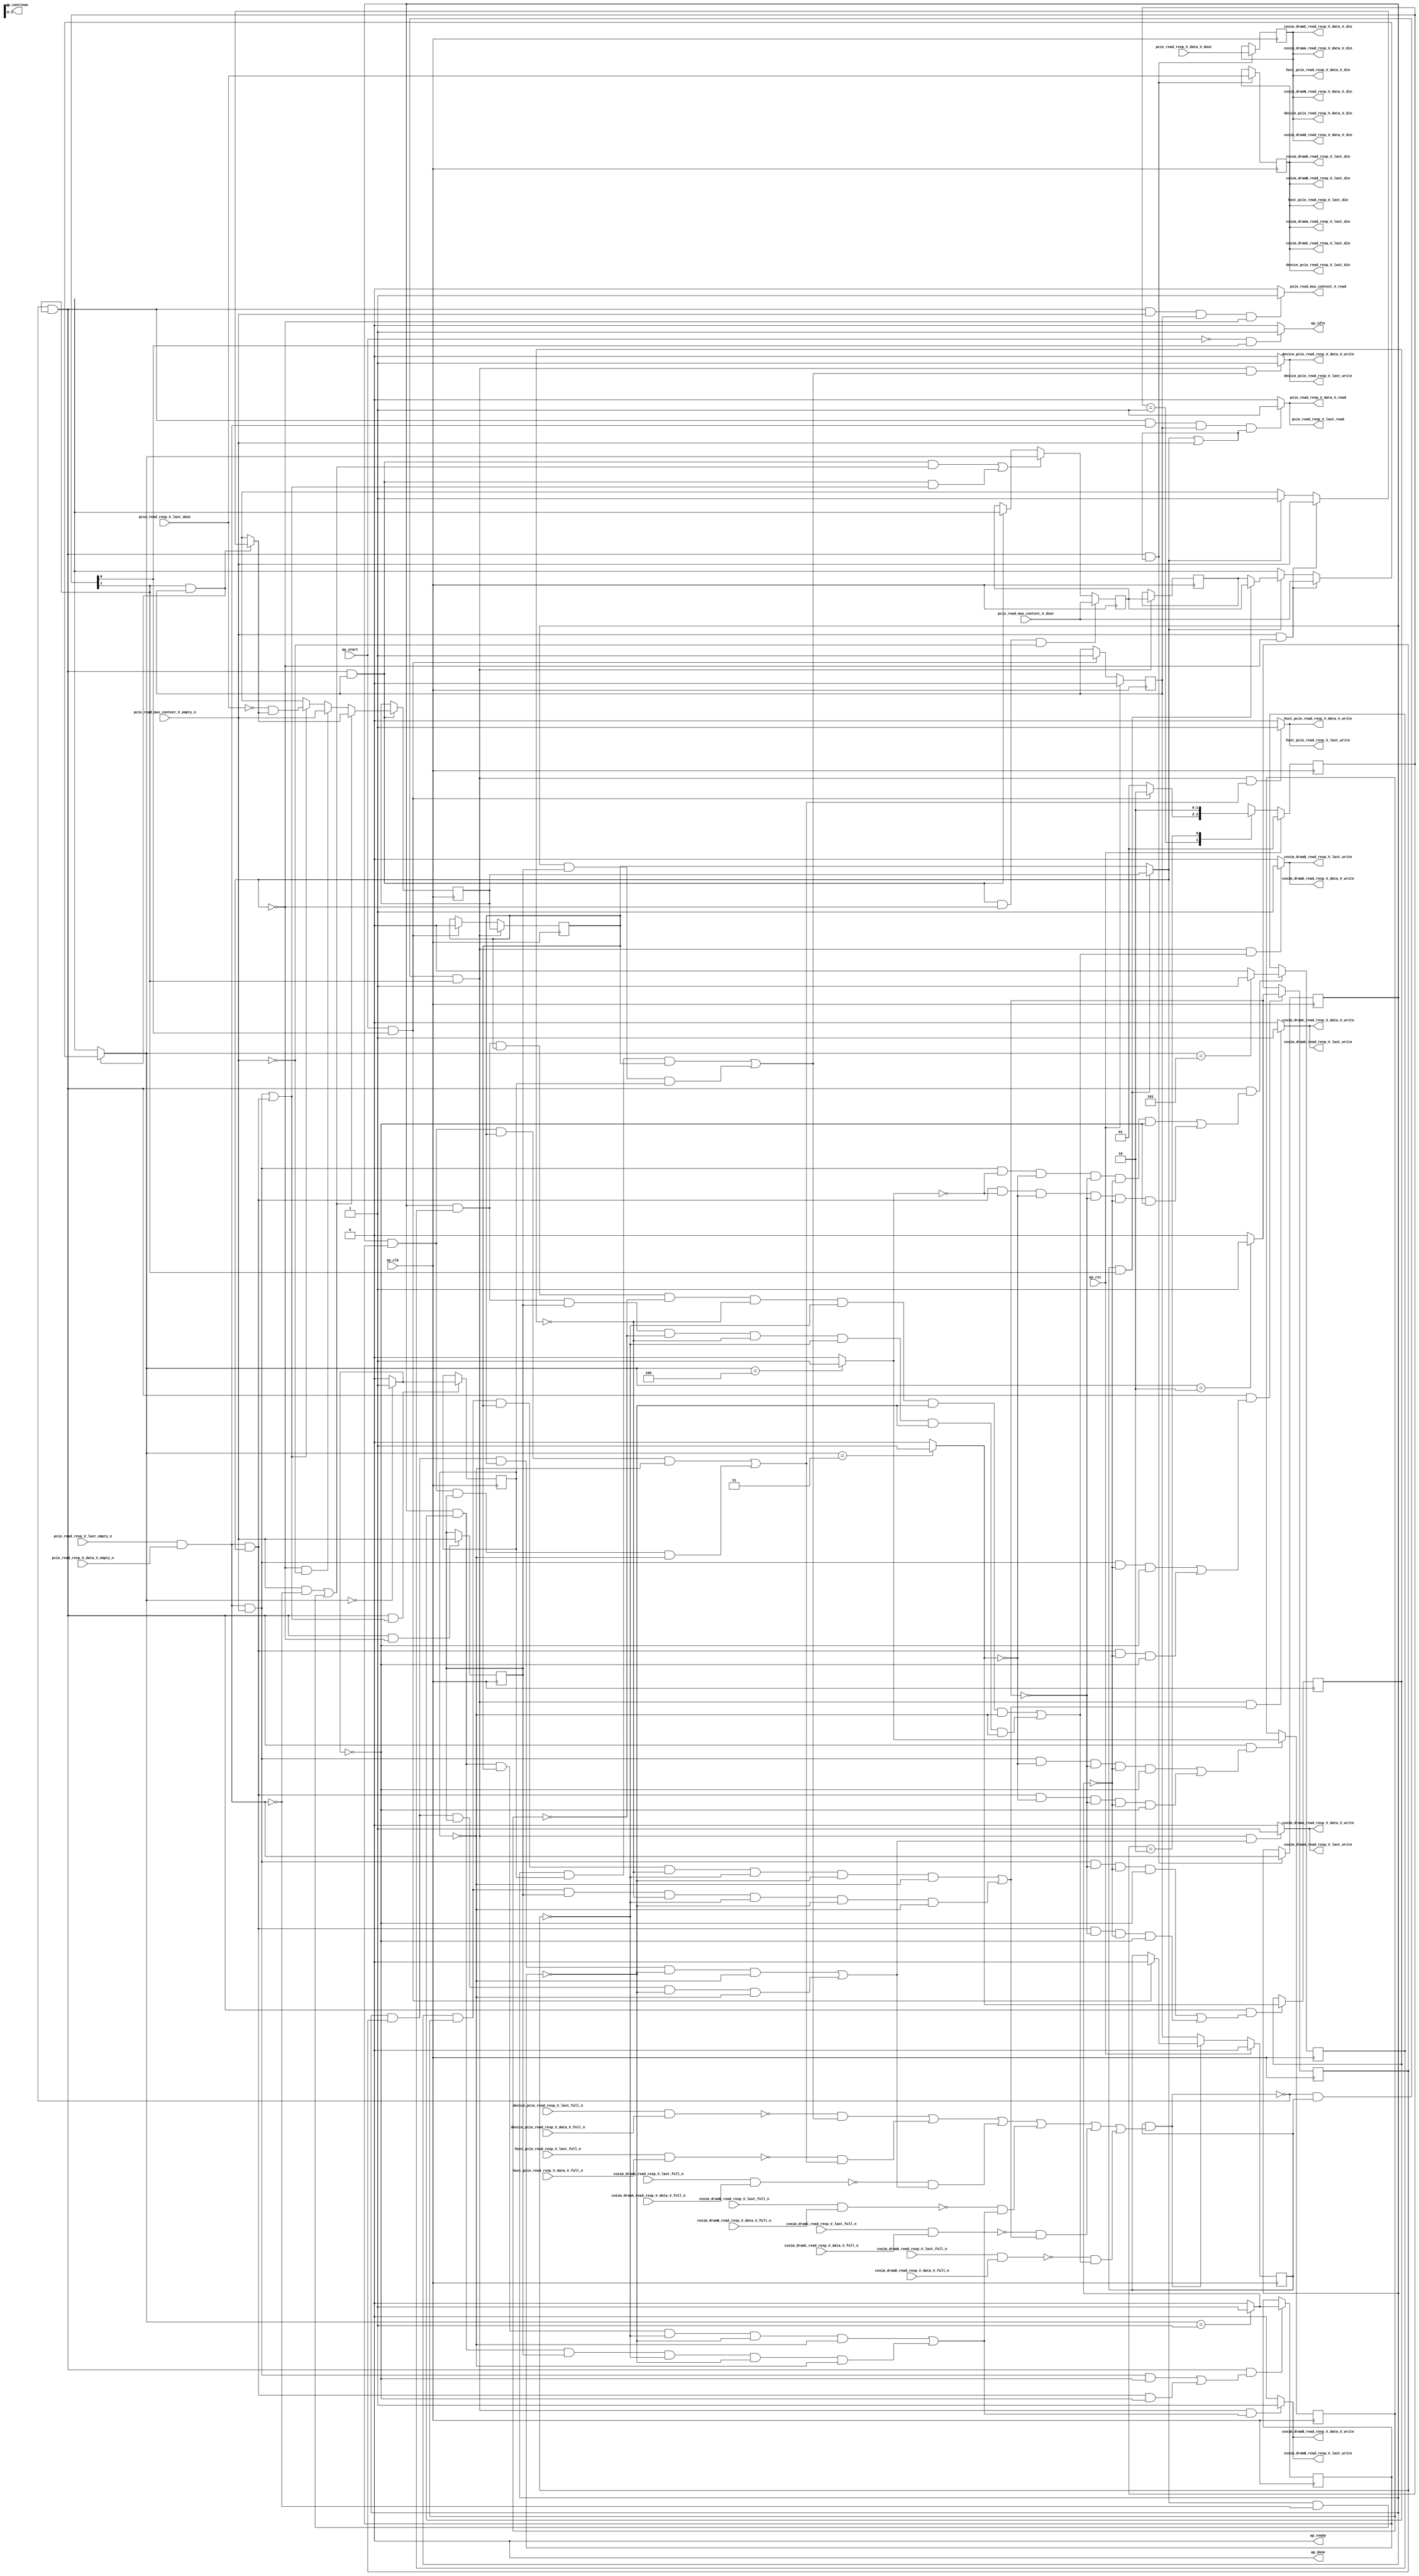
// ==============================================================
// RTL generated by Vivado(TM) HLS - High-Level Synthesis from C, C++ and SystemC
// Version: 2017.4.op
// Copyright (C) 1986-2018 Xilinx, Inc. All Rights Reserved.
// 
// ===========================================================

`timescale 1 ns / 1 ps 

(* CORE_GENERATION_INFO="pcie_read_resp_multiplexer,hls_ip_2017_4_op,{HLS_INPUT_TYPE=cxx,HLS_INPUT_FLOAT=0,HLS_INPUT_FIXED=0,HLS_INPUT_PART=xcvu9p-flgb2104-2-i,HLS_INPUT_CLOCK=4.000000,HLS_INPUT_ARCH=others,HLS_SYN_CLOCK=3.025500,HLS_SYN_LAT=-1,HLS_SYN_TPT=none,HLS_SYN_MEM=0,HLS_SYN_DSP=0,HLS_SYN_FF=543,HLS_SYN_LUT=489}" *)

module pcie_read_resp_multiplexer (
        ap_clk,
        ap_rst,
        ap_start,
        ap_done,
ap_continue,
        ap_idle,
        ap_ready,
        pcie_read_resp_V_last_dout,
        pcie_read_resp_V_last_empty_n,
        pcie_read_resp_V_last_read,
        pcie_read_resp_V_data_V_dout,
        pcie_read_resp_V_data_V_empty_n,
        pcie_read_resp_V_data_V_read,
        device_pcie_read_resp_V_last_din,
        device_pcie_read_resp_V_last_full_n,
        device_pcie_read_resp_V_last_write,
        device_pcie_read_resp_V_data_V_din,
        device_pcie_read_resp_V_data_V_full_n,
        device_pcie_read_resp_V_data_V_write,
        host_pcie_read_resp_V_last_din,
        host_pcie_read_resp_V_last_full_n,
        host_pcie_read_resp_V_last_write,
        host_pcie_read_resp_V_data_V_din,
        host_pcie_read_resp_V_data_V_full_n,
        host_pcie_read_resp_V_data_V_write,
        cosim_dramA_read_resp_V_last_din,
        cosim_dramA_read_resp_V_last_full_n,
        cosim_dramA_read_resp_V_last_write,
        cosim_dramA_read_resp_V_data_V_din,
        cosim_dramA_read_resp_V_data_V_full_n,
        cosim_dramA_read_resp_V_data_V_write,
        cosim_dramB_read_resp_V_last_din,
        cosim_dramB_read_resp_V_last_full_n,
        cosim_dramB_read_resp_V_last_write,
        cosim_dramB_read_resp_V_data_V_din,
        cosim_dramB_read_resp_V_data_V_full_n,
        cosim_dramB_read_resp_V_data_V_write,
        cosim_dramC_read_resp_V_last_din,
        cosim_dramC_read_resp_V_last_full_n,
        cosim_dramC_read_resp_V_last_write,
        cosim_dramC_read_resp_V_data_V_din,
        cosim_dramC_read_resp_V_data_V_full_n,
        cosim_dramC_read_resp_V_data_V_write,
        cosim_dramD_read_resp_V_last_din,
        cosim_dramD_read_resp_V_last_full_n,
        cosim_dramD_read_resp_V_last_write,
        cosim_dramD_read_resp_V_data_V_din,
        cosim_dramD_read_resp_V_data_V_full_n,
        cosim_dramD_read_resp_V_data_V_write,
        pcie_read_mux_context_V_dout,
        pcie_read_mux_context_V_empty_n,
        pcie_read_mux_context_V_read
);

parameter    ap_ST_fsm_state1 = 2'd1;
parameter    ap_ST_fsm_pp0_stage0 = 2'd2;

input   ap_clk;
input   ap_rst;
input   ap_start;
output   ap_done;
output   ap_idle;
output ap_ready; output ap_continue;
input   pcie_read_resp_V_last_dout;
input   pcie_read_resp_V_last_empty_n;
output   pcie_read_resp_V_last_read;
input  [511:0] pcie_read_resp_V_data_V_dout;
input   pcie_read_resp_V_data_V_empty_n;
output   pcie_read_resp_V_data_V_read;
output   device_pcie_read_resp_V_last_din;
input   device_pcie_read_resp_V_last_full_n;
output   device_pcie_read_resp_V_last_write;
output  [511:0] device_pcie_read_resp_V_data_V_din;
input   device_pcie_read_resp_V_data_V_full_n;
output   device_pcie_read_resp_V_data_V_write;
output   host_pcie_read_resp_V_last_din;
input   host_pcie_read_resp_V_last_full_n;
output   host_pcie_read_resp_V_last_write;
output  [511:0] host_pcie_read_resp_V_data_V_din;
input   host_pcie_read_resp_V_data_V_full_n;
output   host_pcie_read_resp_V_data_V_write;
output   cosim_dramA_read_resp_V_last_din;
input   cosim_dramA_read_resp_V_last_full_n;
output   cosim_dramA_read_resp_V_last_write;
output  [511:0] cosim_dramA_read_resp_V_data_V_din;
input   cosim_dramA_read_resp_V_data_V_full_n;
output   cosim_dramA_read_resp_V_data_V_write;
output   cosim_dramB_read_resp_V_last_din;
input   cosim_dramB_read_resp_V_last_full_n;
output   cosim_dramB_read_resp_V_last_write;
output  [511:0] cosim_dramB_read_resp_V_data_V_din;
input   cosim_dramB_read_resp_V_data_V_full_n;
output   cosim_dramB_read_resp_V_data_V_write;
output   cosim_dramC_read_resp_V_last_din;
input   cosim_dramC_read_resp_V_last_full_n;
output   cosim_dramC_read_resp_V_last_write;
output  [511:0] cosim_dramC_read_resp_V_data_V_din;
input   cosim_dramC_read_resp_V_data_V_full_n;
output   cosim_dramC_read_resp_V_data_V_write;
output   cosim_dramD_read_resp_V_last_din;
input   cosim_dramD_read_resp_V_last_full_n;
output   cosim_dramD_read_resp_V_last_write;
output  [511:0] cosim_dramD_read_resp_V_data_V_din;
input   cosim_dramD_read_resp_V_data_V_full_n;
output   cosim_dramD_read_resp_V_data_V_write;
input  [7:0] pcie_read_mux_context_V_dout;
input   pcie_read_mux_context_V_empty_n;
output   pcie_read_mux_context_V_read;

reg ap_idle;
reg pcie_read_mux_context_V_read;

(* fsm_encoding = "none" *) reg   [1:0] ap_CS_fsm;
wire    ap_CS_fsm_state1;
reg    device_pcie_read_resp_V_last_blk_n;
wire    ap_CS_fsm_pp0_stage0;
reg    ap_enable_reg_pp0_iter1;
wire    ap_block_pp0_stage0;
reg   [0:0] has_context_reg_349;
reg   [0:0] empty_n_2_reg_487;
reg   [0:0] tmp_2_reg_511;
reg   [0:0] empty_n_3_reg_483;
reg    device_pcie_read_resp_V_data_V_blk_n;
reg    host_pcie_read_resp_V_last_blk_n;
reg   [0:0] tmp_4_reg_515;
reg    host_pcie_read_resp_V_data_V_blk_n;
reg    cosim_dramA_read_resp_V_last_blk_n;
reg   [0:0] tmp_6_reg_519;
reg    cosim_dramA_read_resp_V_data_V_blk_n;
reg    cosim_dramB_read_resp_V_last_blk_n;
reg   [0:0] tmp_8_reg_523;
reg    cosim_dramB_read_resp_V_data_V_blk_n;
reg    cosim_dramC_read_resp_V_last_blk_n;
reg   [0:0] tmp_s_reg_527;
reg    cosim_dramC_read_resp_V_data_V_blk_n;
reg    cosim_dramD_read_resp_V_last_blk_n;
reg   [0:0] tmp_1_reg_531;
reg    cosim_dramD_read_resp_V_data_V_blk_n;
reg   [7:0] p_010_s_reg_338;
reg   [7:0] p_010_2_reg_381;
reg   [0:0] has_context_4_reg_396;
wire   [0:0] empty_n_3_fu_410_p1;
wire    ap_block_state2_pp0_stage0_iter0;
wire    cosim_dramD_read_resp_V_last1_status;
reg    ap_predicate_op69_write_state3;
wire    cosim_dramC_read_resp_V_last1_status;
reg    ap_predicate_op72_write_state3;
wire    cosim_dramB_read_resp_V_last1_status;
reg    ap_predicate_op75_write_state3;
wire    cosim_dramA_read_resp_V_last1_status;
reg    ap_predicate_op78_write_state3;
wire    host_pcie_read_resp_V_last1_status;
reg    ap_predicate_op81_write_state3;
wire    device_pcie_read_resp_V_last1_status;
reg    ap_predicate_op84_write_state3;
reg    ap_block_state3_pp0_stage0_iter1;
reg    ap_block_pp0_stage0_11001;
reg   [0:0] ap_phi_mux_has_context_phi_fu_353_p4;
wire   [0:0] empty_n_2_fu_422_p1;
reg   [0:0] tmp_last_reg_491;
reg   [511:0] tmp_data_V_reg_501;
wire   [0:0] tmp_2_fu_434_p2;
wire   [0:0] tmp_4_fu_440_p2;
wire   [0:0] tmp_6_fu_446_p2;
wire   [0:0] tmp_8_fu_452_p2;
wire   [0:0] tmp_s_fu_458_p2;
wire   [0:0] tmp_1_fu_464_p2;
reg    ap_enable_reg_pp0_iter0;
reg    ap_block_pp0_stage0_subdone;
reg   [7:0] ap_phi_mux_p_010_s_phi_fu_342_p4;
reg   [7:0] ap_phi_mux_p_010_1_phi_fu_364_p4;
wire   [7:0] ap_phi_reg_pp0_iter0_p_010_1_reg_361;
reg   [0:0] ap_phi_mux_has_context_1_phi_fu_374_p4;
wire   [0:0] ap_phi_reg_pp0_iter0_has_context_1_reg_371;
wire   [7:0] ap_phi_reg_pp0_iter0_p_010_2_reg_381;
wire   [0:0] p_has_context_1_fu_476_p2;
wire   [0:0] ap_phi_reg_pp0_iter0_has_context_4_reg_396;
reg    pcie_read_resp_V_last0_update;
wire   [0:0] empty_n_nbread_fu_270_p3_0;
reg    cosim_dramD_read_resp_V_last1_update;
reg    ap_block_pp0_stage0_01001;
reg    cosim_dramC_read_resp_V_last1_update;
reg    cosim_dramB_read_resp_V_last1_update;
reg    cosim_dramA_read_resp_V_last1_update;
reg    host_pcie_read_resp_V_last1_update;
reg    device_pcie_read_resp_V_last1_update;
wire   [0:0] not_s_fu_470_p0;
wire   [0:0] not_s_fu_470_p2;
reg   [1:0] ap_NS_fsm;
reg    ap_idle_pp0;
wire    ap_enable_pp0;
reg    ap_condition_284;
reg    ap_condition_238;
reg    ap_condition_303;
reg    ap_condition_282;

// power-on initialization
initial begin
#0 ap_CS_fsm = 2'd1;
#0 ap_enable_reg_pp0_iter1 = 1'b0;
#0 ap_enable_reg_pp0_iter0 = 1'b0;
end

always @ (posedge ap_clk) begin
    if (ap_rst == 1'b1) begin
        ap_CS_fsm <= ap_ST_fsm_state1;
    end else begin
        ap_CS_fsm <= ap_NS_fsm;
    end
end

always @ (posedge ap_clk) begin
    if (ap_rst == 1'b1) begin
        ap_enable_reg_pp0_iter0 <= 1'b0;
    end else begin
        if (((ap_start == 1'b1) & (1'b1 == ap_CS_fsm_state1))) begin
            ap_enable_reg_pp0_iter0 <= 1'b1;
        end
    end
end

always @ (posedge ap_clk) begin
    if (ap_rst == 1'b1) begin
        ap_enable_reg_pp0_iter1 <= 1'b0;
    end else begin
        if ((1'b0 == ap_block_pp0_stage0_subdone)) begin
            ap_enable_reg_pp0_iter1 <= ap_enable_reg_pp0_iter0;
        end else if (((ap_start == 1'b1) & (1'b1 == ap_CS_fsm_state1))) begin
            ap_enable_reg_pp0_iter1 <= 1'b0;
        end
    end
end

always @ (posedge ap_clk) begin
    if ((1'b1 == ap_condition_282)) begin
        if ((1'b1 == ap_condition_303)) begin
            has_context_4_reg_396 <= ap_phi_mux_has_context_1_phi_fu_374_p4;
        end else if (((ap_phi_mux_has_context_phi_fu_353_p4 == 1'd0) & (empty_n_3_fu_410_p1 == 1'd0))) begin
            has_context_4_reg_396 <= pcie_read_mux_context_V_empty_n;
        end else if ((1'b1 == ap_condition_238)) begin
            has_context_4_reg_396 <= p_has_context_1_fu_476_p2;
        end else if ((1'b1 == 1'b1)) begin
            has_context_4_reg_396 <= ap_phi_reg_pp0_iter0_has_context_4_reg_396;
        end
    end
end

always @ (posedge ap_clk) begin
    if (((1'b0 == ap_block_pp0_stage0_11001) & (ap_enable_reg_pp0_iter1 == 1'b1) & (1'b1 == ap_CS_fsm_pp0_stage0))) begin
        has_context_reg_349 <= has_context_4_reg_396;
    end else if (((ap_start == 1'b1) & (1'b1 == ap_CS_fsm_state1))) begin
        has_context_reg_349 <= 1'd0;
    end
end

always @ (posedge ap_clk) begin
    if (((1'b0 == ap_block_pp0_stage0_11001) & (1'b1 == ap_CS_fsm_pp0_stage0) & (ap_enable_reg_pp0_iter0 == 1'b1) & (ap_phi_mux_has_context_phi_fu_353_p4 == 1'd0) & (empty_n_3_fu_410_p1 == 1'd0))) begin
        p_010_2_reg_381 <= pcie_read_mux_context_V_dout;
    end else if ((((1'b0 == ap_block_pp0_stage0_11001) & (1'b1 == ap_CS_fsm_pp0_stage0) & (ap_enable_reg_pp0_iter0 == 1'b1) & (((empty_n_3_fu_410_p1 == 1'd1) & (empty_n_2_fu_422_p1 == 1'd0)) | ((ap_phi_mux_has_context_phi_fu_353_p4 == 1'd1) & (empty_n_2_fu_422_p1 == 1'd0)))) | ((1'b0 == ap_block_pp0_stage0_11001) & (1'b1 == ap_CS_fsm_pp0_stage0) & (ap_enable_reg_pp0_iter0 == 1'b1) & (((empty_n_2_fu_422_p1 == 1'd1) & (empty_n_3_fu_410_p1 == 1'd1)) | ((empty_n_2_fu_422_p1 == 1'd1) & (ap_phi_mux_has_context_phi_fu_353_p4 == 1'd1)))))) begin
        p_010_2_reg_381 <= ap_phi_mux_p_010_1_phi_fu_364_p4;
    end else if (((1'b0 == ap_block_pp0_stage0_11001) & (1'b1 == ap_CS_fsm_pp0_stage0) & (ap_enable_reg_pp0_iter0 == 1'b1))) begin
        p_010_2_reg_381 <= ap_phi_reg_pp0_iter0_p_010_2_reg_381;
    end
end

always @ (posedge ap_clk) begin
    if (((1'b0 == ap_block_pp0_stage0_11001) & (1'b1 == ap_CS_fsm_pp0_stage0) & ((ap_phi_mux_has_context_phi_fu_353_p4 == 1'd1) | (empty_n_3_fu_410_p1 == 1'd1)))) begin
        empty_n_2_reg_487 <= empty_n_nbread_fu_270_p3_0;
        tmp_data_V_reg_501 <= pcie_read_resp_V_data_V_dout;
        tmp_last_reg_491 <= pcie_read_resp_V_last_dout;
    end
end

always @ (posedge ap_clk) begin
    if (((1'b0 == ap_block_pp0_stage0_11001) & (1'b1 == ap_CS_fsm_pp0_stage0) & (ap_phi_mux_has_context_phi_fu_353_p4 == 1'd0))) begin
        empty_n_3_reg_483 <= pcie_read_mux_context_V_empty_n;
    end
end

always @ (posedge ap_clk) begin
    if (((1'b0 == ap_block_pp0_stage0_11001) & (ap_enable_reg_pp0_iter1 == 1'b1) & (1'b1 == ap_CS_fsm_pp0_stage0))) begin
        p_010_s_reg_338 <= p_010_2_reg_381;
    end
end

always @ (posedge ap_clk) begin
    if (((1'b0 == ap_block_pp0_stage0_11001) & (1'b1 == ap_CS_fsm_pp0_stage0) & (((empty_n_2_fu_422_p1 == 1'd1) & (empty_n_3_fu_410_p1 == 1'd1) & (tmp_s_fu_458_p2 == 1'd0) & (tmp_8_fu_452_p2 == 1'd0) & (tmp_6_fu_446_p2 == 1'd0) & (tmp_4_fu_440_p2 == 1'd0) & (tmp_2_fu_434_p2 == 1'd0)) | ((empty_n_2_fu_422_p1 == 1'd1) & (ap_phi_mux_has_context_phi_fu_353_p4 == 1'd1) & (tmp_s_fu_458_p2 == 1'd0) & (tmp_8_fu_452_p2 == 1'd0) & (tmp_6_fu_446_p2 == 1'd0) & (tmp_4_fu_440_p2 == 1'd0) & (tmp_2_fu_434_p2 == 1'd0))))) begin
        tmp_1_reg_531 <= tmp_1_fu_464_p2;
    end
end

always @ (posedge ap_clk) begin
    if (((1'b0 == ap_block_pp0_stage0_11001) & (1'b1 == ap_CS_fsm_pp0_stage0) & (((empty_n_2_fu_422_p1 == 1'd1) & (empty_n_3_fu_410_p1 == 1'd1)) | ((empty_n_2_fu_422_p1 == 1'd1) & (ap_phi_mux_has_context_phi_fu_353_p4 == 1'd1))))) begin
        tmp_2_reg_511 <= tmp_2_fu_434_p2;
    end
end

always @ (posedge ap_clk) begin
    if (((1'b0 == ap_block_pp0_stage0_11001) & (1'b1 == ap_CS_fsm_pp0_stage0) & (((empty_n_2_fu_422_p1 == 1'd1) & (empty_n_3_fu_410_p1 == 1'd1) & (tmp_2_fu_434_p2 == 1'd0)) | ((empty_n_2_fu_422_p1 == 1'd1) & (ap_phi_mux_has_context_phi_fu_353_p4 == 1'd1) & (tmp_2_fu_434_p2 == 1'd0))))) begin
        tmp_4_reg_515 <= tmp_4_fu_440_p2;
    end
end

always @ (posedge ap_clk) begin
    if (((1'b0 == ap_block_pp0_stage0_11001) & (1'b1 == ap_CS_fsm_pp0_stage0) & (((empty_n_2_fu_422_p1 == 1'd1) & (empty_n_3_fu_410_p1 == 1'd1) & (tmp_4_fu_440_p2 == 1'd0) & (tmp_2_fu_434_p2 == 1'd0)) | ((empty_n_2_fu_422_p1 == 1'd1) & (ap_phi_mux_has_context_phi_fu_353_p4 == 1'd1) & (tmp_4_fu_440_p2 == 1'd0) & (tmp_2_fu_434_p2 == 1'd0))))) begin
        tmp_6_reg_519 <= tmp_6_fu_446_p2;
    end
end

always @ (posedge ap_clk) begin
    if (((1'b0 == ap_block_pp0_stage0_11001) & (1'b1 == ap_CS_fsm_pp0_stage0) & (((empty_n_2_fu_422_p1 == 1'd1) & (empty_n_3_fu_410_p1 == 1'd1) & (tmp_6_fu_446_p2 == 1'd0) & (tmp_4_fu_440_p2 == 1'd0) & (tmp_2_fu_434_p2 == 1'd0)) | ((empty_n_2_fu_422_p1 == 1'd1) & (ap_phi_mux_has_context_phi_fu_353_p4 == 1'd1) & (tmp_6_fu_446_p2 == 1'd0) & (tmp_4_fu_440_p2 == 1'd0) & (tmp_2_fu_434_p2 == 1'd0))))) begin
        tmp_8_reg_523 <= tmp_8_fu_452_p2;
    end
end

always @ (posedge ap_clk) begin
    if (((1'b0 == ap_block_pp0_stage0_11001) & (1'b1 == ap_CS_fsm_pp0_stage0) & (((empty_n_2_fu_422_p1 == 1'd1) & (empty_n_3_fu_410_p1 == 1'd1) & (tmp_8_fu_452_p2 == 1'd0) & (tmp_6_fu_446_p2 == 1'd0) & (tmp_4_fu_440_p2 == 1'd0) & (tmp_2_fu_434_p2 == 1'd0)) | ((empty_n_2_fu_422_p1 == 1'd1) & (ap_phi_mux_has_context_phi_fu_353_p4 == 1'd1) & (tmp_8_fu_452_p2 == 1'd0) & (tmp_6_fu_446_p2 == 1'd0) & (tmp_4_fu_440_p2 == 1'd0) & (tmp_2_fu_434_p2 == 1'd0))))) begin
        tmp_s_reg_527 <= tmp_s_fu_458_p2;
    end
end

always @ (*) begin
    if (((ap_start == 1'b0) & (1'b1 == ap_CS_fsm_state1))) begin
        ap_idle = 1'b1;
    end else begin
        ap_idle = 1'b0;
    end
end

always @ (*) begin
    if (((ap_enable_reg_pp0_iter1 == 1'b0) & (ap_enable_reg_pp0_iter0 == 1'b0))) begin
        ap_idle_pp0 = 1'b1;
    end else begin
        ap_idle_pp0 = 1'b0;
    end
end

always @ (*) begin
    if ((1'b1 == ap_condition_284)) begin
        if (((empty_n_3_fu_410_p1 == 1'd1) & (ap_phi_mux_has_context_phi_fu_353_p4 == 1'd0))) begin
            ap_phi_mux_has_context_1_phi_fu_374_p4 = pcie_read_mux_context_V_empty_n;
        end else if ((ap_phi_mux_has_context_phi_fu_353_p4 == 1'd1)) begin
            ap_phi_mux_has_context_1_phi_fu_374_p4 = ap_phi_mux_has_context_phi_fu_353_p4;
        end else begin
            ap_phi_mux_has_context_1_phi_fu_374_p4 = ap_phi_reg_pp0_iter0_has_context_1_reg_371;
        end
    end else begin
        ap_phi_mux_has_context_1_phi_fu_374_p4 = ap_phi_reg_pp0_iter0_has_context_1_reg_371;
    end
end

always @ (*) begin
    if (((1'b0 == ap_block_pp0_stage0) & (ap_enable_reg_pp0_iter1 == 1'b1) & (1'b1 == ap_CS_fsm_pp0_stage0))) begin
        ap_phi_mux_has_context_phi_fu_353_p4 = has_context_4_reg_396;
    end else begin
        ap_phi_mux_has_context_phi_fu_353_p4 = has_context_reg_349;
    end
end

always @ (*) begin
    if ((1'b1 == ap_condition_284)) begin
        if (((empty_n_3_fu_410_p1 == 1'd1) & (ap_phi_mux_has_context_phi_fu_353_p4 == 1'd0))) begin
            ap_phi_mux_p_010_1_phi_fu_364_p4 = pcie_read_mux_context_V_dout;
        end else if ((ap_phi_mux_has_context_phi_fu_353_p4 == 1'd1)) begin
            ap_phi_mux_p_010_1_phi_fu_364_p4 = ap_phi_mux_p_010_s_phi_fu_342_p4;
        end else begin
            ap_phi_mux_p_010_1_phi_fu_364_p4 = ap_phi_reg_pp0_iter0_p_010_1_reg_361;
        end
    end else begin
        ap_phi_mux_p_010_1_phi_fu_364_p4 = ap_phi_reg_pp0_iter0_p_010_1_reg_361;
    end
end

always @ (*) begin
    if (((1'b0 == ap_block_pp0_stage0) & (ap_enable_reg_pp0_iter1 == 1'b1) & (1'b1 == ap_CS_fsm_pp0_stage0))) begin
        ap_phi_mux_p_010_s_phi_fu_342_p4 = p_010_2_reg_381;
    end else begin
        ap_phi_mux_p_010_s_phi_fu_342_p4 = p_010_s_reg_338;
    end
end

always @ (*) begin
    if (((1'b0 == ap_block_pp0_stage0) & (ap_enable_reg_pp0_iter1 == 1'b1) & (1'b1 == ap_CS_fsm_pp0_stage0) & (((empty_n_2_reg_487 == 1'd1) & (tmp_6_reg_519 == 1'd1) & (has_context_reg_349 == 1'd1) & (tmp_4_reg_515 == 1'd0) & (tmp_2_reg_511 == 1'd0)) | ((empty_n_2_reg_487 == 1'd1) & (tmp_6_reg_519 == 1'd1) & (empty_n_3_reg_483 == 1'd1) & (tmp_4_reg_515 == 1'd0) & (tmp_2_reg_511 == 1'd0))))) begin
        cosim_dramA_read_resp_V_data_V_blk_n = cosim_dramA_read_resp_V_data_V_full_n;
    end else begin
        cosim_dramA_read_resp_V_data_V_blk_n = 1'b1;
    end
end

always @ (*) begin
    if (((1'b0 == ap_block_pp0_stage0_11001) & (ap_enable_reg_pp0_iter1 == 1'b1) & (1'b1 == ap_CS_fsm_pp0_stage0) & (ap_predicate_op78_write_state3 == 1'b1))) begin
        cosim_dramA_read_resp_V_last1_update = 1'b1;
    end else begin
        cosim_dramA_read_resp_V_last1_update = 1'b0;
    end
end

always @ (*) begin
    if (((1'b0 == ap_block_pp0_stage0) & (ap_enable_reg_pp0_iter1 == 1'b1) & (1'b1 == ap_CS_fsm_pp0_stage0) & (((empty_n_2_reg_487 == 1'd1) & (tmp_6_reg_519 == 1'd1) & (has_context_reg_349 == 1'd1) & (tmp_4_reg_515 == 1'd0) & (tmp_2_reg_511 == 1'd0)) | ((empty_n_2_reg_487 == 1'd1) & (tmp_6_reg_519 == 1'd1) & (empty_n_3_reg_483 == 1'd1) & (tmp_4_reg_515 == 1'd0) & (tmp_2_reg_511 == 1'd0))))) begin
        cosim_dramA_read_resp_V_last_blk_n = cosim_dramA_read_resp_V_last_full_n;
    end else begin
        cosim_dramA_read_resp_V_last_blk_n = 1'b1;
    end
end

always @ (*) begin
    if (((1'b0 == ap_block_pp0_stage0) & (ap_enable_reg_pp0_iter1 == 1'b1) & (1'b1 == ap_CS_fsm_pp0_stage0) & (((empty_n_2_reg_487 == 1'd1) & (tmp_8_reg_523 == 1'd1) & (has_context_reg_349 == 1'd1) & (tmp_6_reg_519 == 1'd0) & (tmp_4_reg_515 == 1'd0) & (tmp_2_reg_511 == 1'd0)) | ((empty_n_2_reg_487 == 1'd1) & (tmp_8_reg_523 == 1'd1) & (empty_n_3_reg_483 == 1'd1) & (tmp_6_reg_519 == 1'd0) & (tmp_4_reg_515 == 1'd0) & (tmp_2_reg_511 == 1'd0))))) begin
        cosim_dramB_read_resp_V_data_V_blk_n = cosim_dramB_read_resp_V_data_V_full_n;
    end else begin
        cosim_dramB_read_resp_V_data_V_blk_n = 1'b1;
    end
end

always @ (*) begin
    if (((1'b0 == ap_block_pp0_stage0_11001) & (ap_enable_reg_pp0_iter1 == 1'b1) & (1'b1 == ap_CS_fsm_pp0_stage0) & (ap_predicate_op75_write_state3 == 1'b1))) begin
        cosim_dramB_read_resp_V_last1_update = 1'b1;
    end else begin
        cosim_dramB_read_resp_V_last1_update = 1'b0;
    end
end

always @ (*) begin
    if (((1'b0 == ap_block_pp0_stage0) & (ap_enable_reg_pp0_iter1 == 1'b1) & (1'b1 == ap_CS_fsm_pp0_stage0) & (((empty_n_2_reg_487 == 1'd1) & (tmp_8_reg_523 == 1'd1) & (has_context_reg_349 == 1'd1) & (tmp_6_reg_519 == 1'd0) & (tmp_4_reg_515 == 1'd0) & (tmp_2_reg_511 == 1'd0)) | ((empty_n_2_reg_487 == 1'd1) & (tmp_8_reg_523 == 1'd1) & (empty_n_3_reg_483 == 1'd1) & (tmp_6_reg_519 == 1'd0) & (tmp_4_reg_515 == 1'd0) & (tmp_2_reg_511 == 1'd0))))) begin
        cosim_dramB_read_resp_V_last_blk_n = cosim_dramB_read_resp_V_last_full_n;
    end else begin
        cosim_dramB_read_resp_V_last_blk_n = 1'b1;
    end
end

always @ (*) begin
    if (((1'b0 == ap_block_pp0_stage0) & (ap_enable_reg_pp0_iter1 == 1'b1) & (1'b1 == ap_CS_fsm_pp0_stage0) & (((empty_n_2_reg_487 == 1'd1) & (tmp_s_reg_527 == 1'd1) & (has_context_reg_349 == 1'd1) & (tmp_8_reg_523 == 1'd0) & (tmp_6_reg_519 == 1'd0) & (tmp_4_reg_515 == 1'd0) & (tmp_2_reg_511 == 1'd0)) | ((empty_n_2_reg_487 == 1'd1) & (tmp_s_reg_527 == 1'd1) & (empty_n_3_reg_483 == 1'd1) & (tmp_8_reg_523 == 1'd0) & (tmp_6_reg_519 == 1'd0) & (tmp_4_reg_515 == 1'd0) & (tmp_2_reg_511 == 1'd0))))) begin
        cosim_dramC_read_resp_V_data_V_blk_n = cosim_dramC_read_resp_V_data_V_full_n;
    end else begin
        cosim_dramC_read_resp_V_data_V_blk_n = 1'b1;
    end
end

always @ (*) begin
    if (((1'b0 == ap_block_pp0_stage0_11001) & (ap_enable_reg_pp0_iter1 == 1'b1) & (1'b1 == ap_CS_fsm_pp0_stage0) & (ap_predicate_op72_write_state3 == 1'b1))) begin
        cosim_dramC_read_resp_V_last1_update = 1'b1;
    end else begin
        cosim_dramC_read_resp_V_last1_update = 1'b0;
    end
end

always @ (*) begin
    if (((1'b0 == ap_block_pp0_stage0) & (ap_enable_reg_pp0_iter1 == 1'b1) & (1'b1 == ap_CS_fsm_pp0_stage0) & (((empty_n_2_reg_487 == 1'd1) & (tmp_s_reg_527 == 1'd1) & (has_context_reg_349 == 1'd1) & (tmp_8_reg_523 == 1'd0) & (tmp_6_reg_519 == 1'd0) & (tmp_4_reg_515 == 1'd0) & (tmp_2_reg_511 == 1'd0)) | ((empty_n_2_reg_487 == 1'd1) & (tmp_s_reg_527 == 1'd1) & (empty_n_3_reg_483 == 1'd1) & (tmp_8_reg_523 == 1'd0) & (tmp_6_reg_519 == 1'd0) & (tmp_4_reg_515 == 1'd0) & (tmp_2_reg_511 == 1'd0))))) begin
        cosim_dramC_read_resp_V_last_blk_n = cosim_dramC_read_resp_V_last_full_n;
    end else begin
        cosim_dramC_read_resp_V_last_blk_n = 1'b1;
    end
end

always @ (*) begin
    if (((1'b0 == ap_block_pp0_stage0) & (ap_enable_reg_pp0_iter1 == 1'b1) & (1'b1 == ap_CS_fsm_pp0_stage0) & (((empty_n_2_reg_487 == 1'd1) & (tmp_1_reg_531 == 1'd1) & (has_context_reg_349 == 1'd1) & (tmp_s_reg_527 == 1'd0) & (tmp_8_reg_523 == 1'd0) & (tmp_6_reg_519 == 1'd0) & (tmp_4_reg_515 == 1'd0) & (tmp_2_reg_511 == 1'd0)) | ((empty_n_2_reg_487 == 1'd1) & (tmp_1_reg_531 == 1'd1) & (empty_n_3_reg_483 == 1'd1) & (tmp_s_reg_527 == 1'd0) & (tmp_8_reg_523 == 1'd0) & (tmp_6_reg_519 == 1'd0) & (tmp_4_reg_515 == 1'd0) & (tmp_2_reg_511 == 1'd0))))) begin
        cosim_dramD_read_resp_V_data_V_blk_n = cosim_dramD_read_resp_V_data_V_full_n;
    end else begin
        cosim_dramD_read_resp_V_data_V_blk_n = 1'b1;
    end
end

always @ (*) begin
    if (((1'b0 == ap_block_pp0_stage0_11001) & (ap_enable_reg_pp0_iter1 == 1'b1) & (1'b1 == ap_CS_fsm_pp0_stage0) & (ap_predicate_op69_write_state3 == 1'b1))) begin
        cosim_dramD_read_resp_V_last1_update = 1'b1;
    end else begin
        cosim_dramD_read_resp_V_last1_update = 1'b0;
    end
end

always @ (*) begin
    if (((1'b0 == ap_block_pp0_stage0) & (ap_enable_reg_pp0_iter1 == 1'b1) & (1'b1 == ap_CS_fsm_pp0_stage0) & (((empty_n_2_reg_487 == 1'd1) & (tmp_1_reg_531 == 1'd1) & (has_context_reg_349 == 1'd1) & (tmp_s_reg_527 == 1'd0) & (tmp_8_reg_523 == 1'd0) & (tmp_6_reg_519 == 1'd0) & (tmp_4_reg_515 == 1'd0) & (tmp_2_reg_511 == 1'd0)) | ((empty_n_2_reg_487 == 1'd1) & (tmp_1_reg_531 == 1'd1) & (empty_n_3_reg_483 == 1'd1) & (tmp_s_reg_527 == 1'd0) & (tmp_8_reg_523 == 1'd0) & (tmp_6_reg_519 == 1'd0) & (tmp_4_reg_515 == 1'd0) & (tmp_2_reg_511 == 1'd0))))) begin
        cosim_dramD_read_resp_V_last_blk_n = cosim_dramD_read_resp_V_last_full_n;
    end else begin
        cosim_dramD_read_resp_V_last_blk_n = 1'b1;
    end
end

always @ (*) begin
    if (((1'b0 == ap_block_pp0_stage0) & (ap_enable_reg_pp0_iter1 == 1'b1) & (1'b1 == ap_CS_fsm_pp0_stage0) & (((empty_n_2_reg_487 == 1'd1) & (tmp_2_reg_511 == 1'd1) & (has_context_reg_349 == 1'd1)) | ((empty_n_2_reg_487 == 1'd1) & (empty_n_3_reg_483 == 1'd1) & (tmp_2_reg_511 == 1'd1))))) begin
        device_pcie_read_resp_V_data_V_blk_n = device_pcie_read_resp_V_data_V_full_n;
    end else begin
        device_pcie_read_resp_V_data_V_blk_n = 1'b1;
    end
end

always @ (*) begin
    if (((1'b0 == ap_block_pp0_stage0_11001) & (ap_enable_reg_pp0_iter1 == 1'b1) & (1'b1 == ap_CS_fsm_pp0_stage0) & (ap_predicate_op84_write_state3 == 1'b1))) begin
        device_pcie_read_resp_V_last1_update = 1'b1;
    end else begin
        device_pcie_read_resp_V_last1_update = 1'b0;
    end
end

always @ (*) begin
    if (((1'b0 == ap_block_pp0_stage0) & (ap_enable_reg_pp0_iter1 == 1'b1) & (1'b1 == ap_CS_fsm_pp0_stage0) & (((empty_n_2_reg_487 == 1'd1) & (tmp_2_reg_511 == 1'd1) & (has_context_reg_349 == 1'd1)) | ((empty_n_2_reg_487 == 1'd1) & (empty_n_3_reg_483 == 1'd1) & (tmp_2_reg_511 == 1'd1))))) begin
        device_pcie_read_resp_V_last_blk_n = device_pcie_read_resp_V_last_full_n;
    end else begin
        device_pcie_read_resp_V_last_blk_n = 1'b1;
    end
end

always @ (*) begin
    if (((1'b0 == ap_block_pp0_stage0) & (ap_enable_reg_pp0_iter1 == 1'b1) & (1'b1 == ap_CS_fsm_pp0_stage0) & (((empty_n_2_reg_487 == 1'd1) & (tmp_4_reg_515 == 1'd1) & (has_context_reg_349 == 1'd1) & (tmp_2_reg_511 == 1'd0)) | ((empty_n_2_reg_487 == 1'd1) & (tmp_4_reg_515 == 1'd1) & (empty_n_3_reg_483 == 1'd1) & (tmp_2_reg_511 == 1'd0))))) begin
        host_pcie_read_resp_V_data_V_blk_n = host_pcie_read_resp_V_data_V_full_n;
    end else begin
        host_pcie_read_resp_V_data_V_blk_n = 1'b1;
    end
end

always @ (*) begin
    if (((1'b0 == ap_block_pp0_stage0_11001) & (ap_enable_reg_pp0_iter1 == 1'b1) & (1'b1 == ap_CS_fsm_pp0_stage0) & (ap_predicate_op81_write_state3 == 1'b1))) begin
        host_pcie_read_resp_V_last1_update = 1'b1;
    end else begin
        host_pcie_read_resp_V_last1_update = 1'b0;
    end
end

always @ (*) begin
    if (((1'b0 == ap_block_pp0_stage0) & (ap_enable_reg_pp0_iter1 == 1'b1) & (1'b1 == ap_CS_fsm_pp0_stage0) & (((empty_n_2_reg_487 == 1'd1) & (tmp_4_reg_515 == 1'd1) & (has_context_reg_349 == 1'd1) & (tmp_2_reg_511 == 1'd0)) | ((empty_n_2_reg_487 == 1'd1) & (tmp_4_reg_515 == 1'd1) & (empty_n_3_reg_483 == 1'd1) & (tmp_2_reg_511 == 1'd0))))) begin
        host_pcie_read_resp_V_last_blk_n = host_pcie_read_resp_V_last_full_n;
    end else begin
        host_pcie_read_resp_V_last_blk_n = 1'b1;
    end
end

always @ (*) begin
    if (((1'b0 == ap_block_pp0_stage0_11001) & (1'b1 == ap_CS_fsm_pp0_stage0) & (pcie_read_mux_context_V_empty_n == 1'b1) & (ap_enable_reg_pp0_iter0 == 1'b1) & (ap_phi_mux_has_context_phi_fu_353_p4 == 1'd0))) begin
        pcie_read_mux_context_V_read = 1'b1;
    end else begin
        pcie_read_mux_context_V_read = 1'b0;
    end
end

always @ (*) begin
    if (((1'b0 == ap_block_pp0_stage0_11001) & (1'b1 == ap_CS_fsm_pp0_stage0) & ((pcie_read_resp_V_last_empty_n & pcie_read_resp_V_data_V_empty_n) == 1'b1) & (ap_enable_reg_pp0_iter0 == 1'b1) & ((ap_phi_mux_has_context_phi_fu_353_p4 == 1'd1) | (empty_n_3_fu_410_p1 == 1'd1)))) begin
        pcie_read_resp_V_last0_update = 1'b1;
    end else begin
        pcie_read_resp_V_last0_update = 1'b0;
    end
end

always @ (*) begin
    case (ap_CS_fsm)
        ap_ST_fsm_state1 : begin
            if (((ap_start == 1'b1) & (1'b1 == ap_CS_fsm_state1))) begin
                ap_NS_fsm = ap_ST_fsm_pp0_stage0;
            end else begin
                ap_NS_fsm = ap_ST_fsm_state1;
            end
        end
        ap_ST_fsm_pp0_stage0 : begin
            ap_NS_fsm = ap_ST_fsm_pp0_stage0;
        end
        default : begin
            ap_NS_fsm = 'bx;
        end
    endcase
end

assign ap_CS_fsm_pp0_stage0 = ap_CS_fsm[32'd1];

assign ap_CS_fsm_state1 = ap_CS_fsm[32'd0];

assign ap_block_pp0_stage0 = ~(1'b1 == 1'b1);

always @ (*) begin
    ap_block_pp0_stage0_01001 = ((ap_enable_reg_pp0_iter1 == 1'b1) & (((device_pcie_read_resp_V_last1_status == 1'b0) & (ap_predicate_op84_write_state3 == 1'b1)) | ((host_pcie_read_resp_V_last1_status == 1'b0) & (ap_predicate_op81_write_state3 == 1'b1)) | ((cosim_dramA_read_resp_V_last1_status == 1'b0) & (ap_predicate_op78_write_state3 == 1'b1)) | ((cosim_dramB_read_resp_V_last1_status == 1'b0) & (ap_predicate_op75_write_state3 == 1'b1)) | ((cosim_dramC_read_resp_V_last1_status == 1'b0) & (ap_predicate_op72_write_state3 == 1'b1)) | ((cosim_dramD_read_resp_V_last1_status == 1'b0) & (ap_predicate_op69_write_state3 == 1'b1))));
end

always @ (*) begin
    ap_block_pp0_stage0_11001 = ((ap_enable_reg_pp0_iter1 == 1'b1) & (((device_pcie_read_resp_V_last1_status == 1'b0) & (ap_predicate_op84_write_state3 == 1'b1)) | ((host_pcie_read_resp_V_last1_status == 1'b0) & (ap_predicate_op81_write_state3 == 1'b1)) | ((cosim_dramA_read_resp_V_last1_status == 1'b0) & (ap_predicate_op78_write_state3 == 1'b1)) | ((cosim_dramB_read_resp_V_last1_status == 1'b0) & (ap_predicate_op75_write_state3 == 1'b1)) | ((cosim_dramC_read_resp_V_last1_status == 1'b0) & (ap_predicate_op72_write_state3 == 1'b1)) | ((cosim_dramD_read_resp_V_last1_status == 1'b0) & (ap_predicate_op69_write_state3 == 1'b1))));
end

always @ (*) begin
    ap_block_pp0_stage0_subdone = ((ap_enable_reg_pp0_iter1 == 1'b1) & (((device_pcie_read_resp_V_last1_status == 1'b0) & (ap_predicate_op84_write_state3 == 1'b1)) | ((host_pcie_read_resp_V_last1_status == 1'b0) & (ap_predicate_op81_write_state3 == 1'b1)) | ((cosim_dramA_read_resp_V_last1_status == 1'b0) & (ap_predicate_op78_write_state3 == 1'b1)) | ((cosim_dramB_read_resp_V_last1_status == 1'b0) & (ap_predicate_op75_write_state3 == 1'b1)) | ((cosim_dramC_read_resp_V_last1_status == 1'b0) & (ap_predicate_op72_write_state3 == 1'b1)) | ((cosim_dramD_read_resp_V_last1_status == 1'b0) & (ap_predicate_op69_write_state3 == 1'b1))));
end

assign ap_block_state2_pp0_stage0_iter0 = ~(1'b1 == 1'b1);

always @ (*) begin
    ap_block_state3_pp0_stage0_iter1 = (((device_pcie_read_resp_V_last1_status == 1'b0) & (ap_predicate_op84_write_state3 == 1'b1)) | ((host_pcie_read_resp_V_last1_status == 1'b0) & (ap_predicate_op81_write_state3 == 1'b1)) | ((cosim_dramA_read_resp_V_last1_status == 1'b0) & (ap_predicate_op78_write_state3 == 1'b1)) | ((cosim_dramB_read_resp_V_last1_status == 1'b0) & (ap_predicate_op75_write_state3 == 1'b1)) | ((cosim_dramC_read_resp_V_last1_status == 1'b0) & (ap_predicate_op72_write_state3 == 1'b1)) | ((cosim_dramD_read_resp_V_last1_status == 1'b0) & (ap_predicate_op69_write_state3 == 1'b1)));
end

always @ (*) begin
    ap_condition_238 = (((empty_n_2_fu_422_p1 == 1'd1) & (empty_n_3_fu_410_p1 == 1'd1)) | ((empty_n_2_fu_422_p1 == 1'd1) & (ap_phi_mux_has_context_phi_fu_353_p4 == 1'd1)));
end

always @ (*) begin
    ap_condition_282 = ((1'b0 == ap_block_pp0_stage0_11001) & (1'b1 == ap_CS_fsm_pp0_stage0) & (ap_enable_reg_pp0_iter0 == 1'b1));
end

always @ (*) begin
    ap_condition_284 = ((1'b0 == ap_block_pp0_stage0) & (1'b1 == ap_CS_fsm_pp0_stage0) & (ap_enable_reg_pp0_iter0 == 1'b1));
end

always @ (*) begin
    ap_condition_303 = (((empty_n_3_fu_410_p1 == 1'd1) & (empty_n_2_fu_422_p1 == 1'd0)) | ((ap_phi_mux_has_context_phi_fu_353_p4 == 1'd1) & (empty_n_2_fu_422_p1 == 1'd0)));
end

assign ap_done = 1'b0;

assign ap_enable_pp0 = (ap_idle_pp0 ^ 1'b1);

assign ap_phi_reg_pp0_iter0_has_context_1_reg_371 = 'bx;

assign ap_phi_reg_pp0_iter0_has_context_4_reg_396 = 'bx;

assign ap_phi_reg_pp0_iter0_p_010_1_reg_361 = 'bx;

assign ap_phi_reg_pp0_iter0_p_010_2_reg_381 = 'bx;

always @ (*) begin
    ap_predicate_op69_write_state3 = (((empty_n_2_reg_487 == 1'd1) & (tmp_1_reg_531 == 1'd1) & (has_context_reg_349 == 1'd1) & (tmp_s_reg_527 == 1'd0) & (tmp_8_reg_523 == 1'd0) & (tmp_6_reg_519 == 1'd0) & (tmp_4_reg_515 == 1'd0) & (tmp_2_reg_511 == 1'd0)) | ((empty_n_2_reg_487 == 1'd1) & (tmp_1_reg_531 == 1'd1) & (empty_n_3_reg_483 == 1'd1) & (tmp_s_reg_527 == 1'd0) & (tmp_8_reg_523 == 1'd0) & (tmp_6_reg_519 == 1'd0) & (tmp_4_reg_515 == 1'd0) & (tmp_2_reg_511 == 1'd0)));
end

always @ (*) begin
    ap_predicate_op72_write_state3 = (((empty_n_2_reg_487 == 1'd1) & (tmp_s_reg_527 == 1'd1) & (has_context_reg_349 == 1'd1) & (tmp_8_reg_523 == 1'd0) & (tmp_6_reg_519 == 1'd0) & (tmp_4_reg_515 == 1'd0) & (tmp_2_reg_511 == 1'd0)) | ((empty_n_2_reg_487 == 1'd1) & (tmp_s_reg_527 == 1'd1) & (empty_n_3_reg_483 == 1'd1) & (tmp_8_reg_523 == 1'd0) & (tmp_6_reg_519 == 1'd0) & (tmp_4_reg_515 == 1'd0) & (tmp_2_reg_511 == 1'd0)));
end

always @ (*) begin
    ap_predicate_op75_write_state3 = (((empty_n_2_reg_487 == 1'd1) & (tmp_8_reg_523 == 1'd1) & (has_context_reg_349 == 1'd1) & (tmp_6_reg_519 == 1'd0) & (tmp_4_reg_515 == 1'd0) & (tmp_2_reg_511 == 1'd0)) | ((empty_n_2_reg_487 == 1'd1) & (tmp_8_reg_523 == 1'd1) & (empty_n_3_reg_483 == 1'd1) & (tmp_6_reg_519 == 1'd0) & (tmp_4_reg_515 == 1'd0) & (tmp_2_reg_511 == 1'd0)));
end

always @ (*) begin
    ap_predicate_op78_write_state3 = (((empty_n_2_reg_487 == 1'd1) & (tmp_6_reg_519 == 1'd1) & (has_context_reg_349 == 1'd1) & (tmp_4_reg_515 == 1'd0) & (tmp_2_reg_511 == 1'd0)) | ((empty_n_2_reg_487 == 1'd1) & (tmp_6_reg_519 == 1'd1) & (empty_n_3_reg_483 == 1'd1) & (tmp_4_reg_515 == 1'd0) & (tmp_2_reg_511 == 1'd0)));
end

always @ (*) begin
    ap_predicate_op81_write_state3 = (((empty_n_2_reg_487 == 1'd1) & (tmp_4_reg_515 == 1'd1) & (has_context_reg_349 == 1'd1) & (tmp_2_reg_511 == 1'd0)) | ((empty_n_2_reg_487 == 1'd1) & (tmp_4_reg_515 == 1'd1) & (empty_n_3_reg_483 == 1'd1) & (tmp_2_reg_511 == 1'd0)));
end

always @ (*) begin
    ap_predicate_op84_write_state3 = (((empty_n_2_reg_487 == 1'd1) & (tmp_2_reg_511 == 1'd1) & (has_context_reg_349 == 1'd1)) | ((empty_n_2_reg_487 == 1'd1) & (empty_n_3_reg_483 == 1'd1) & (tmp_2_reg_511 == 1'd1)));
end

assign ap_ready = 1'b0;

assign cosim_dramA_read_resp_V_data_V_din = tmp_data_V_reg_501;

assign cosim_dramA_read_resp_V_data_V_write = cosim_dramA_read_resp_V_last1_update;

assign cosim_dramA_read_resp_V_last1_status = (cosim_dramA_read_resp_V_last_full_n & cosim_dramA_read_resp_V_data_V_full_n);

assign cosim_dramA_read_resp_V_last_din = tmp_last_reg_491;

assign cosim_dramA_read_resp_V_last_write = cosim_dramA_read_resp_V_last1_update;

assign cosim_dramB_read_resp_V_data_V_din = tmp_data_V_reg_501;

assign cosim_dramB_read_resp_V_data_V_write = cosim_dramB_read_resp_V_last1_update;

assign cosim_dramB_read_resp_V_last1_status = (cosim_dramB_read_resp_V_last_full_n & cosim_dramB_read_resp_V_data_V_full_n);

assign cosim_dramB_read_resp_V_last_din = tmp_last_reg_491;

assign cosim_dramB_read_resp_V_last_write = cosim_dramB_read_resp_V_last1_update;

assign cosim_dramC_read_resp_V_data_V_din = tmp_data_V_reg_501;

assign cosim_dramC_read_resp_V_data_V_write = cosim_dramC_read_resp_V_last1_update;

assign cosim_dramC_read_resp_V_last1_status = (cosim_dramC_read_resp_V_last_full_n & cosim_dramC_read_resp_V_data_V_full_n);

assign cosim_dramC_read_resp_V_last_din = tmp_last_reg_491;

assign cosim_dramC_read_resp_V_last_write = cosim_dramC_read_resp_V_last1_update;

assign cosim_dramD_read_resp_V_data_V_din = tmp_data_V_reg_501;

assign cosim_dramD_read_resp_V_data_V_write = cosim_dramD_read_resp_V_last1_update;

assign cosim_dramD_read_resp_V_last1_status = (cosim_dramD_read_resp_V_last_full_n & cosim_dramD_read_resp_V_data_V_full_n);

assign cosim_dramD_read_resp_V_last_din = tmp_last_reg_491;

assign cosim_dramD_read_resp_V_last_write = cosim_dramD_read_resp_V_last1_update;

assign device_pcie_read_resp_V_data_V_din = tmp_data_V_reg_501;

assign device_pcie_read_resp_V_data_V_write = device_pcie_read_resp_V_last1_update;

assign device_pcie_read_resp_V_last1_status = (device_pcie_read_resp_V_last_full_n & device_pcie_read_resp_V_data_V_full_n);

assign device_pcie_read_resp_V_last_din = tmp_last_reg_491;

assign device_pcie_read_resp_V_last_write = device_pcie_read_resp_V_last1_update;

assign empty_n_2_fu_422_p1 = empty_n_nbread_fu_270_p3_0;

assign empty_n_3_fu_410_p1 = pcie_read_mux_context_V_empty_n;

assign empty_n_nbread_fu_270_p3_0 = (pcie_read_resp_V_last_empty_n & pcie_read_resp_V_data_V_empty_n);

assign host_pcie_read_resp_V_data_V_din = tmp_data_V_reg_501;

assign host_pcie_read_resp_V_data_V_write = host_pcie_read_resp_V_last1_update;

assign host_pcie_read_resp_V_last1_status = (host_pcie_read_resp_V_last_full_n & host_pcie_read_resp_V_data_V_full_n);

assign host_pcie_read_resp_V_last_din = tmp_last_reg_491;

assign host_pcie_read_resp_V_last_write = host_pcie_read_resp_V_last1_update;

assign not_s_fu_470_p0 = pcie_read_resp_V_last_dout;

assign not_s_fu_470_p2 = (not_s_fu_470_p0 ^ 1'd1);

assign p_has_context_1_fu_476_p2 = (not_s_fu_470_p2 & ap_phi_mux_has_context_1_phi_fu_374_p4);

assign pcie_read_resp_V_data_V_read = pcie_read_resp_V_last0_update;

assign pcie_read_resp_V_last_read = pcie_read_resp_V_last0_update;

assign tmp_1_fu_464_p2 = ((ap_phi_mux_p_010_1_phi_fu_364_p4 == 8'd5) ? 1'b1 : 1'b0);

assign tmp_2_fu_434_p2 = ((ap_phi_mux_p_010_1_phi_fu_364_p4 == 8'd0) ? 1'b1 : 1'b0);

assign tmp_4_fu_440_p2 = ((ap_phi_mux_p_010_1_phi_fu_364_p4 == 8'd1) ? 1'b1 : 1'b0);

assign tmp_6_fu_446_p2 = ((ap_phi_mux_p_010_1_phi_fu_364_p4 == 8'd2) ? 1'b1 : 1'b0);

assign tmp_8_fu_452_p2 = ((ap_phi_mux_p_010_1_phi_fu_364_p4 == 8'd3) ? 1'b1 : 1'b0);

assign tmp_s_fu_458_p2 = ((ap_phi_mux_p_010_1_phi_fu_364_p4 == 8'd4) ? 1'b1 : 1'b0);

endmodule //pcie_read_resp_multiplexer